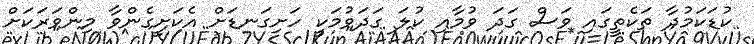
ކުޑަކަމުދާ ތަކެތީގައި ވަސް ގަދަ ވުމާއި ކުލަ ގަދަވުމަކީ ހަށިގަނޑަށް އެކަށީގެންވާ މިންވަރަކަށް